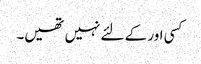
کسی اور کے لئے نہیں تھیں۔